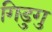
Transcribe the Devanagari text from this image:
गिडुगु